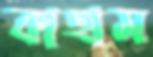
কাহাম